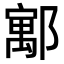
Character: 𮠈